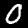
Label: 0